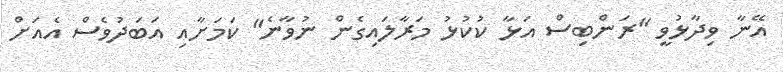
އޭނާ ވިދާޅުވީ "ރަންބިސް އަޅާ ކުކުޅު މަރާލައިގެން ނުވާނެ" ކަމަށާއި އަބަދުވެސް އެއަށް